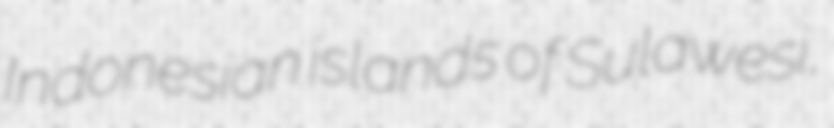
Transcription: Indonesian islands of Sulawesi,